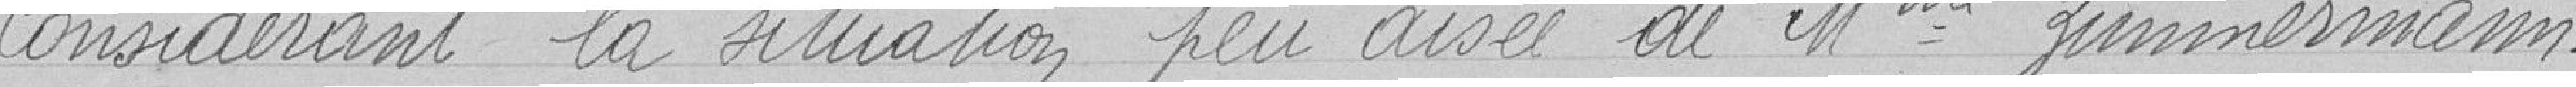
Considérant la situation peu aisée de Madame Zimmermann